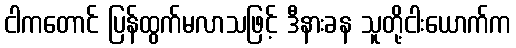
ငါကတောင် ပြန်ထွက်မလာသဖြင့် ဒီနားခန သူတို့ငါးယောက်က